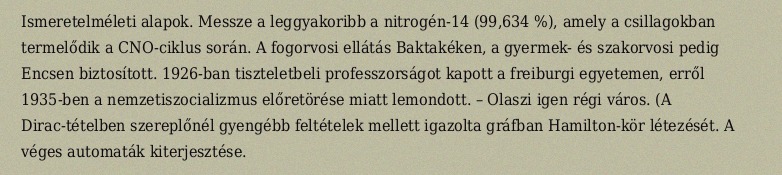
Ismeretelméleti alapok. Messze a leggyakoribb a nitrogén-14 (99,634 %), amely a csillagokban termelődik a CNO-ciklus során. A fogorvosi ellátás Baktakéken, a gyermek- és szakorvosi pedig Encsen biztosított. 1926-ban tiszteletbeli professzorságot kapott a freiburgi egyetemen, erről 1935-ben a nemzetiszocializmus előretörése miatt lemondott. – Olaszi igen régi város. (A Dirac-tételben szereplőnél gyengébb feltételek mellett igazolta gráfban Hamilton-kör létezését. A véges automaták kiterjesztése.